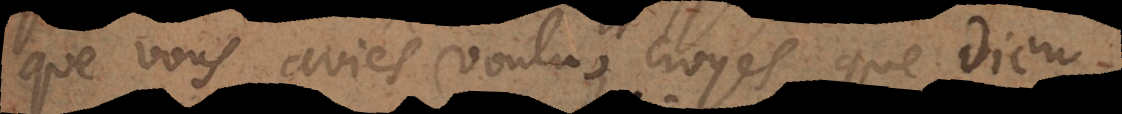
que vous aviés voulu, croyés que Dieu